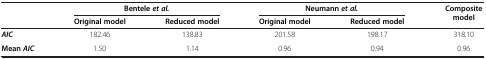
|  | <COLSPAN=2> Bentele et al. | <COLSPAN=2> Neumann et al. | Composite model |
 |  | Original model | Reduced model | Original model | Reduced model |  |
 | --- | --- | --- | --- | --- | --- |
 | AIC | 182.46 | 138.83 | 201.58 | 198.17 | 318.10 |
 | Mean AIC | 1.50 | 1.14 | 0.96 | 0.94 | 0.96 |